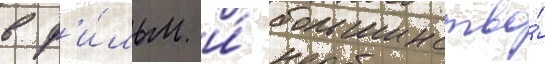
в ф'и́льм и́ большинство́